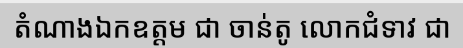
តំណាងឯកឧត្តម ជា ចាន់តូ លោកជំទាវ ជា